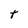
Character: t